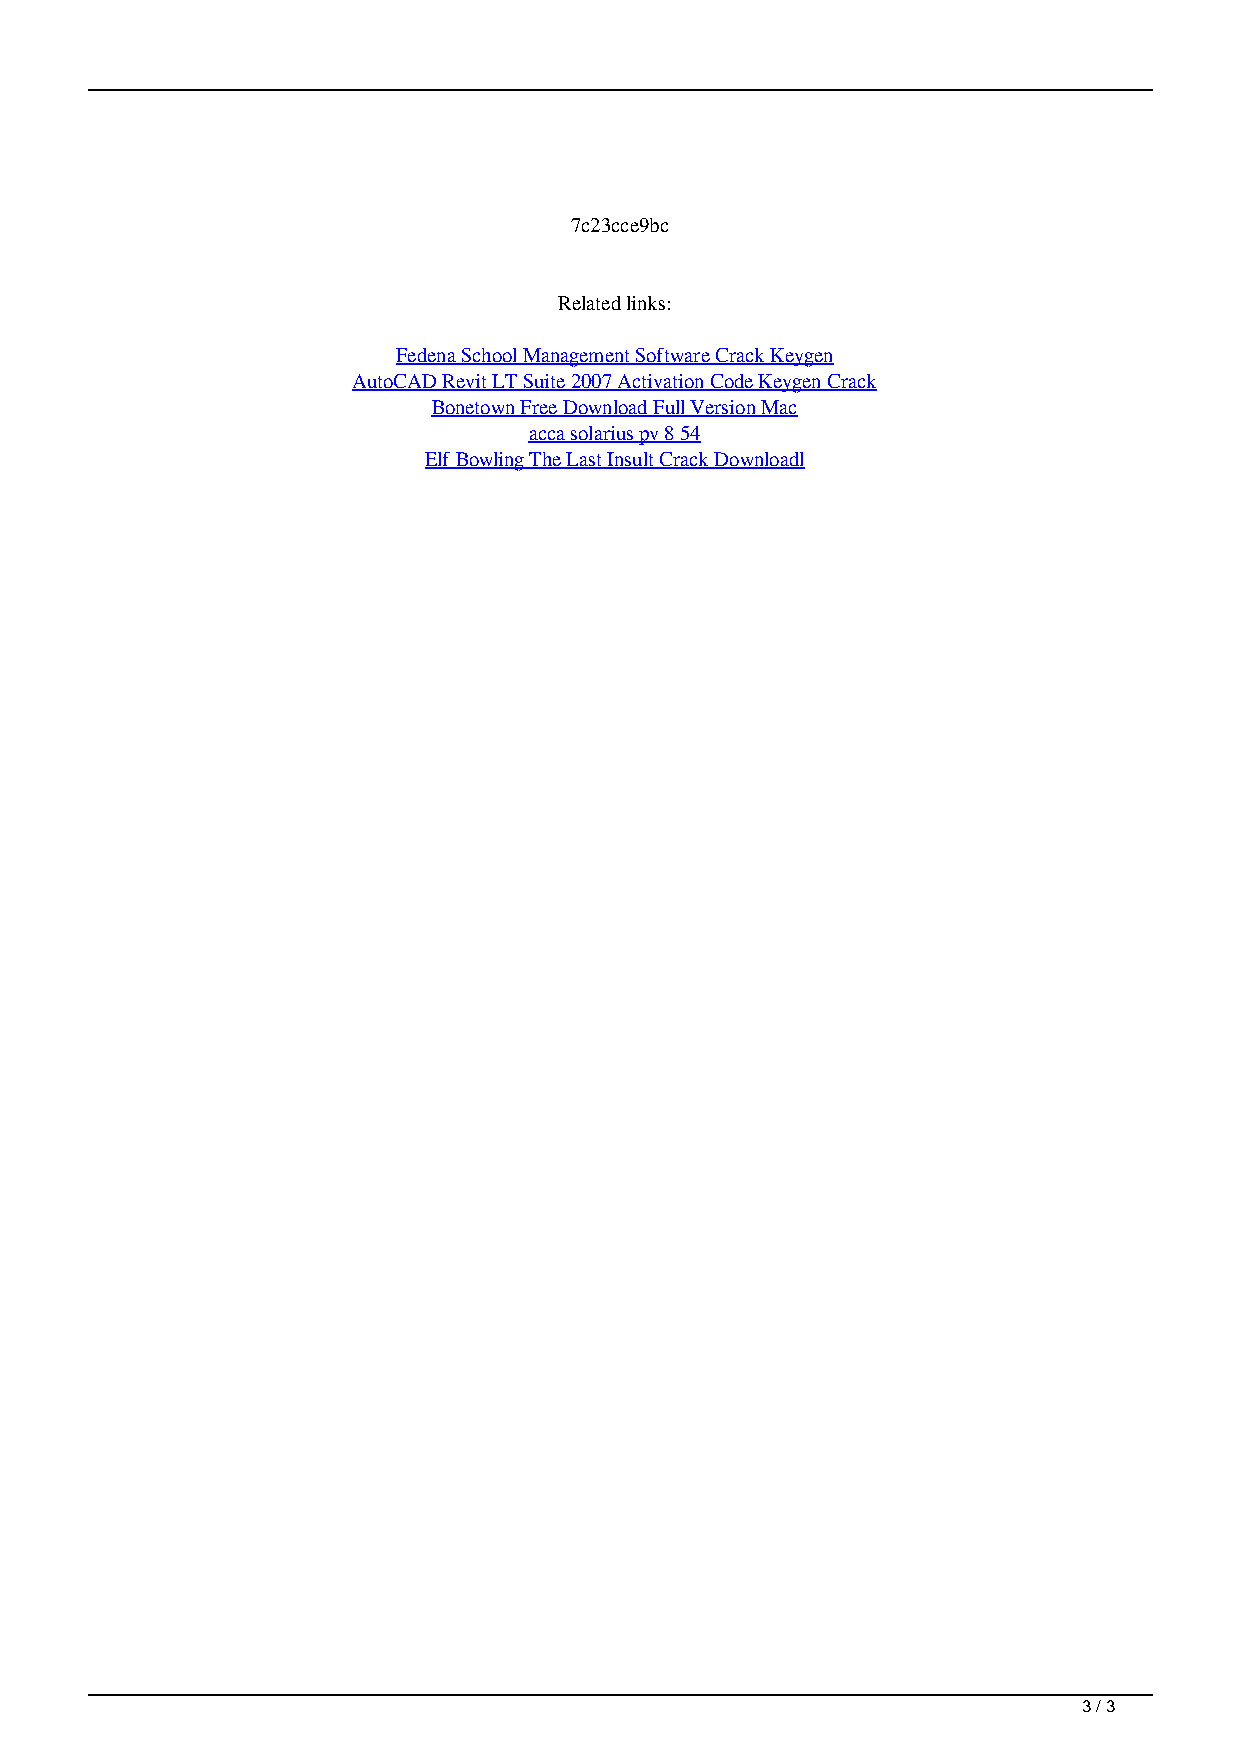
7c23cce9bc
 Related links:
 Fedena School Management Software Crack Keygen
 AutoCAD Revit LT Suite 2007 Activation Code Keygen Crack
 Bonetown Free Download Full Version Mac
 acca solarius pv 8 54
 Elf Bowling The Last Insult Crack Downloadl
 3 / 3
 Nordic Firearms New Vegas